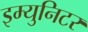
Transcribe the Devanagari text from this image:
इम्युनिटर